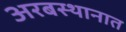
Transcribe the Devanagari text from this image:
अरबस्थानात